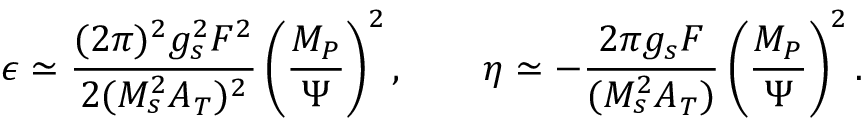
\epsilon \simeq \frac { ( 2 \pi ) ^ { 2 } g _ { s } ^ { 2 } F ^ { 2 } } { 2 ( M _ { s } ^ { 2 } A _ { T } ) ^ { 2 } } \left( \frac { M _ { P } } { \Psi } \right) ^ { 2 } , \qquad \eta \simeq - \frac { 2 \pi g _ { s } F } { ( M _ { s } ^ { 2 } A _ { T } ) } \left( \frac { M _ { P } } { \Psi } \right) ^ { 2 } .